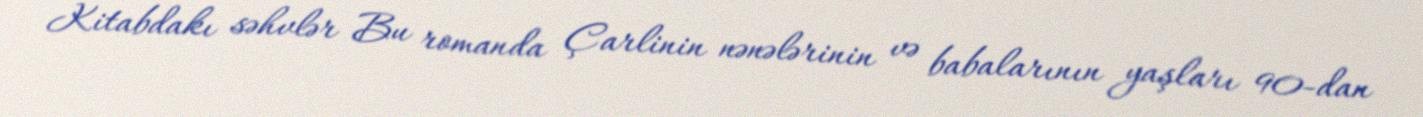
Kitabdakı səhvlər Bu romanda Çarlinin nənələrinin və babalarının yaşları 90-dan